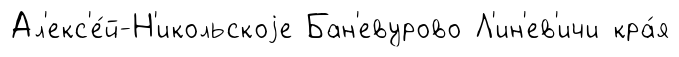
Ал'екс'е́й-Н'икольскоjе Бан'евурово Л'ин'ев'ичи кра́я